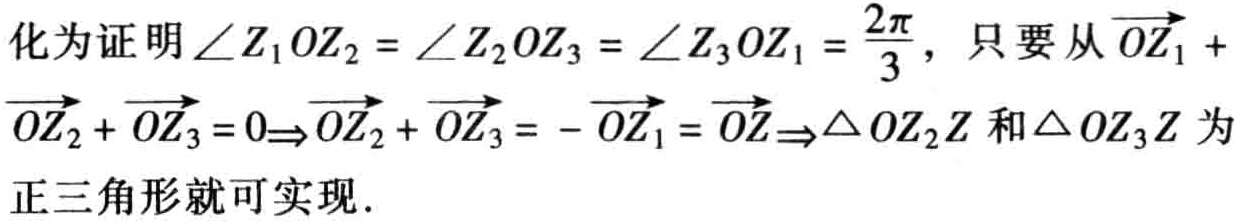
化为证明\(\angle Z_{1}OZ_{2}=\angle Z_{2}OZ_{3}=\angle Z_{3}OZ_{1}=\frac{2\pi}{3}\)，只要从\(\overrightarrow{OZ_{1}} + \overrightarrow{OZ_{2}}+\overrightarrow{OZ_{3}} = 0\Rightarrow\overrightarrow{OZ_{2}}+\overrightarrow{OZ_{3}}=-\overrightarrow{OZ_{1}}=\overrightarrow{OZ}\Rightarrow\triangle OZ_{2}Z\)和\(\triangle OZ_{3}Z\)为正三角形就可实现.